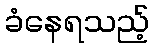
ခံနေရသည့်